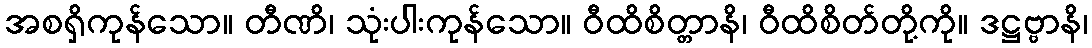
အစရှိကုန်သော။ တီဏိ၊ သုံးပါးကုန်သော။ ဝီထိစိတ္တာနိ၊ ဝီထိစိတ်တို့ကို။ ဒဋ္ဌဗ္ဗာနိ၊